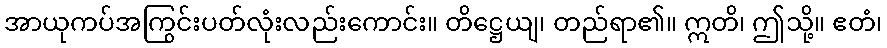
အာယုကပ်အကြွင်းပတ်လုံးလည်းကောင်း။ တိဋ္ဌေယျ၊ တည်ရာ၏။ ဣတိ၊ ဤသို့။ ဧတံ၊